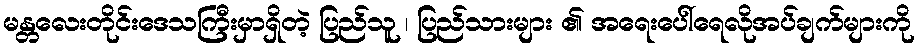
မန္တလေးတိုင်းဒေသကြီးမှာရှိတဲ့ ပြည်သူ ၊ ပြည်သားများ ၏ အရေးပေါ်ရေလိုအပ်ချက်များကို